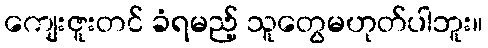
ကျေးဇူးတင် ခံရမည့် သူတွေမဟုတ်ပါဘူး။